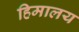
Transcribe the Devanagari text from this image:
हिमालय